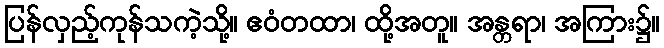
ပြန်လှည့်ကုန်သကဲ့သို့။ ဧဝံတထာ၊ ထို့အတူ။ အန္တရာ၊ အကြား၌။